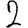
Digit: 2